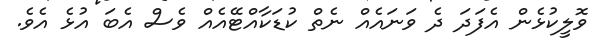
ވޮލީކުޅެން އެފަދަ ދެ ވަނައެއް ނެތް ކުޑަކާއްޓޭއެއް ވެސް އެބަ އުޅެ އެވެ.